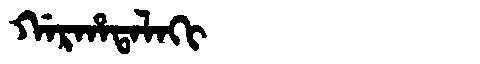
Manchu: ᡤᠠᡵᡥᠠᡨᠠᠯᠠᡴᡳ
Romanization: GARHATALAKI